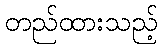
တည်ထားသည့်